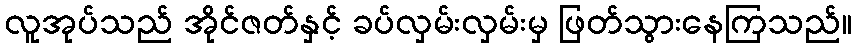
လူအုပ်သည် အိုင်ဇတ်နှင့် ခပ်လှမ်းလှမ်းမှ ဖြတ်သွားနေကြသည်။